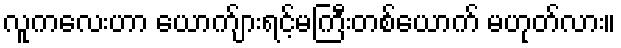
လူကလေးဟာ ယောက်ျားရင့်မကြီးတစ်ယောက် မဟုတ်လား။